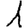
Digit: 1